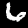
Label: 6